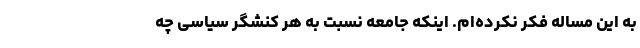
به این مساله فکر نکرده‌ام. اینکه جامعه نسبت به هر کنشگر سیاسی چه